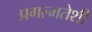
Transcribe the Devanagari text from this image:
प्रगल्भतेशी